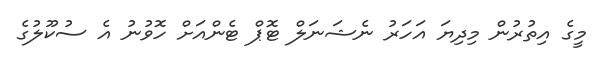
މީގެ އިތުރުން މިދިޔަ އަހަރު ނެޝަނަލް ޓޮޕް ޓެންއަށް ހޮވުނު އެ ސުކޫލުގެ